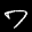
Label: 7